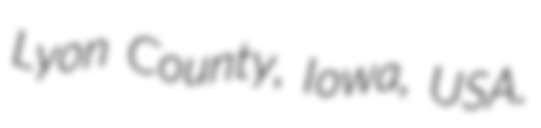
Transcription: Lyon County, Iowa, USA.